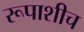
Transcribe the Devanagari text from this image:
रूपाशीच